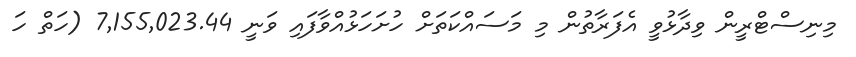
މިނިސްޓްރީން ވިދާޅުވީ އެފަރާތުން މި މަސައްކަތަށް ހުށަހަޅުއްވާފައި ވަނީ 7